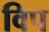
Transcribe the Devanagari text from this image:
विप